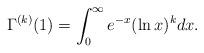
LaTeX: \begin{align*}\Gamma^{(k)}(1) =\int_0^{\infty} e^{-x} (\ln x)^k dx.\end{align*}